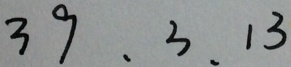
3 9 , 3 , 1 3